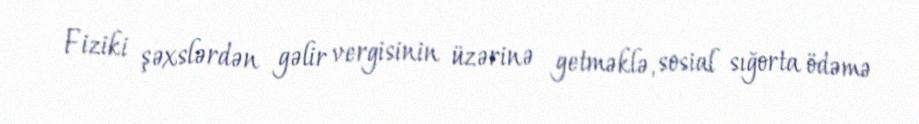
Fiziki şəxslərdən gəlir vergisinin üzərinə getməklə, sosial sığorta ödəmə